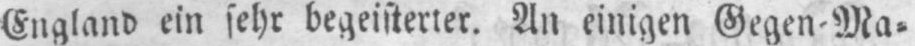
England ein sehr begeisterter. An einigen Gegen-Ma⸗